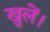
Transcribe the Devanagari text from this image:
खुलें।